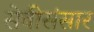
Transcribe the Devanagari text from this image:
सेवीसंसार